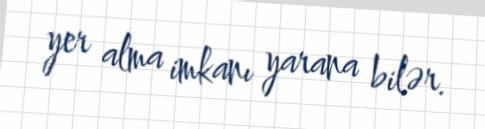
yer alma imkanı yarana bilər.